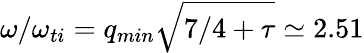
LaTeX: \omega/\omega_{ti}=q_{min}\sqrt{7/4+\tau}\simeq 2.51